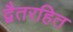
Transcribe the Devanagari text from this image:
द्वैतरहित